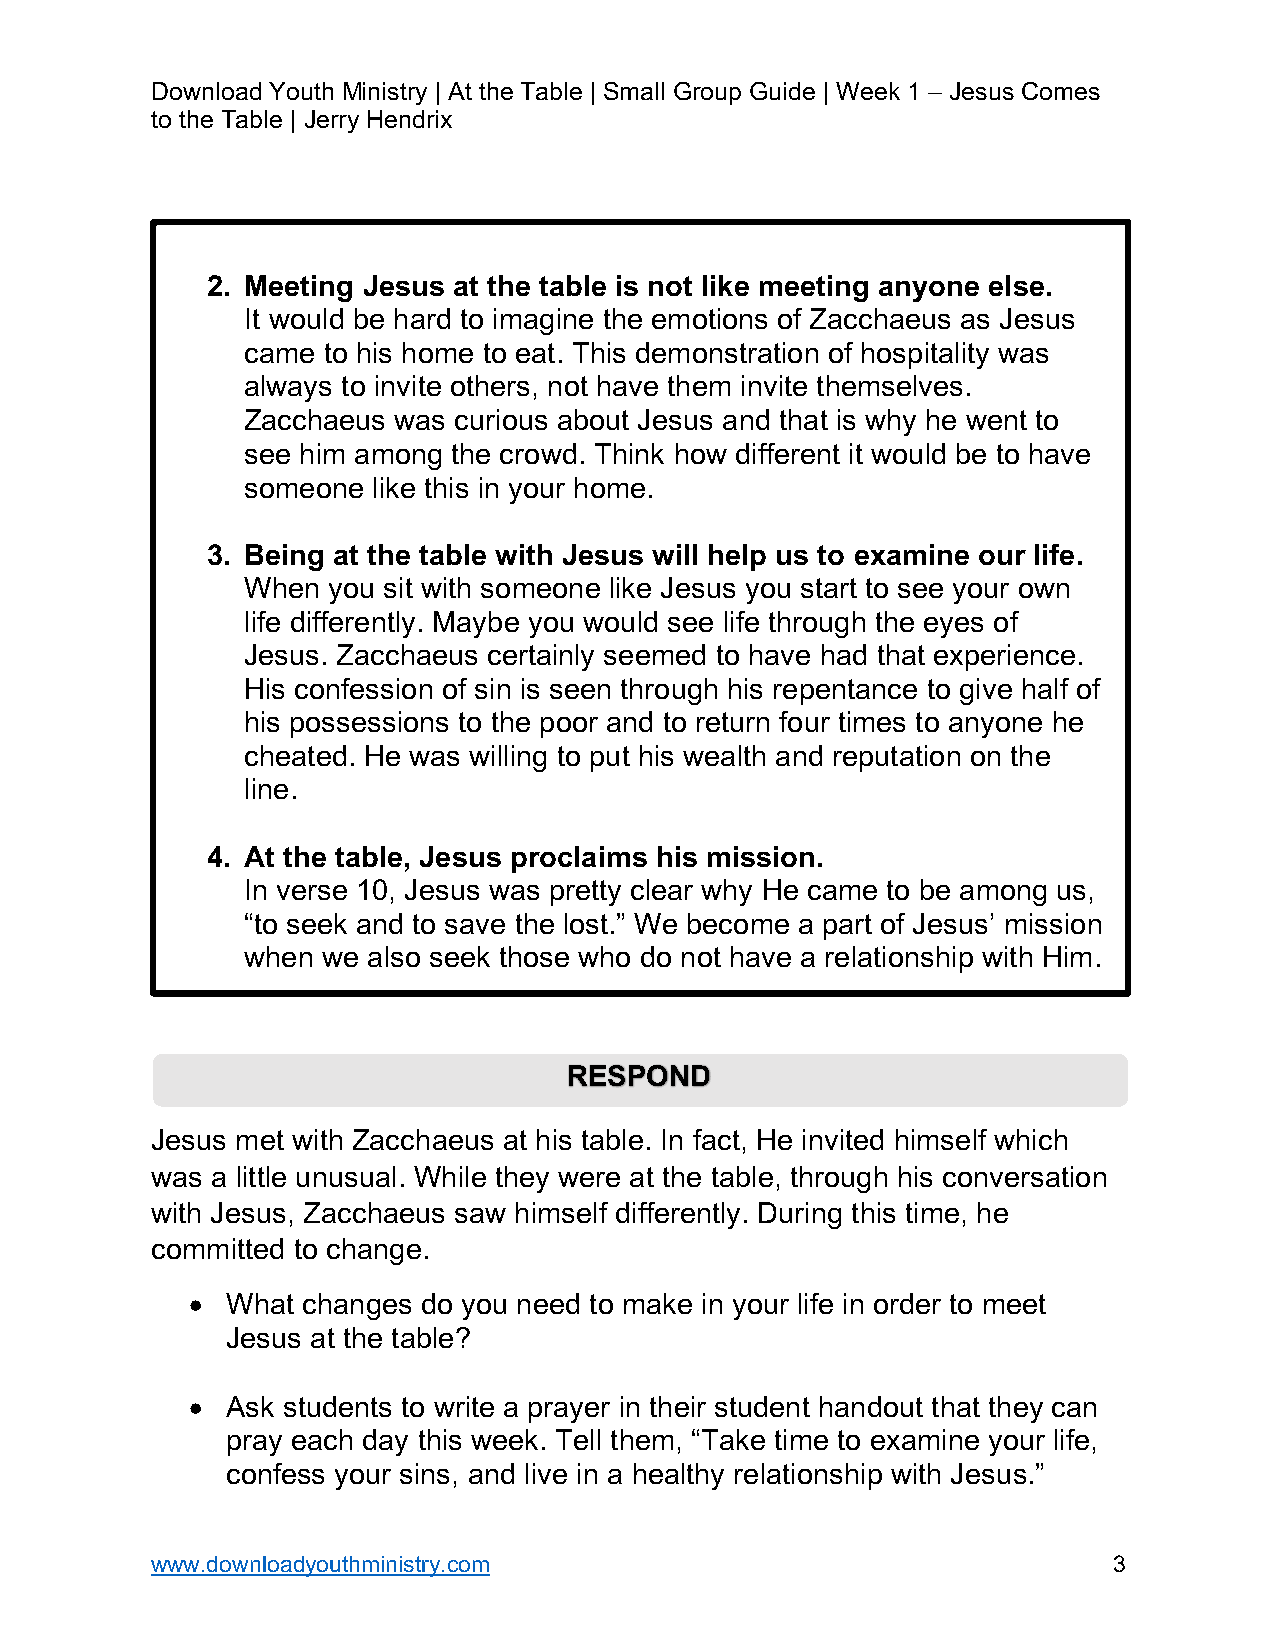
Download Youth Ministry | At the Table | Small Group Guide | Week 1 – Jesus Comes
 to the Table | Jerry Hendrix
 2. Meeting Jesus at the table is not like meeting anyone else.
 It would be hard to imagine the emotions of Zacchaeus as Jesus
 came to his home to eat. This demonstration of hospitality was
 always to invite others, not have them invite themselves.
 Zacchaeus was curious about Jesus and that is why he went to
 see him among the crowd. Think how different it would be to have
 someone  like this in your home.
 3. Being at the table with Jesus will help us to examine our life.
 When  you sit with someone like Jesus you start to see your own
 life differently. Maybe you would see life through the eyes of
 Jesus. Zacchaeus certainly seemed to have had that experience.
 His confession of sin is seen through his repentance to give half of
 his possessions to the poor and to return four times to anyone he
 cheated. He was willing to put his wealth and reputation on the
 line.
 4. At the table, Jesus proclaims his mission.
 In verse 10, Jesus was pretty clear why He came to be among us,
 “to seek and to save the lost.” We become a part of Jesus’ mission
 when we also seek those who do not have a relationship with Him.
 RESPOND
 Jesus met with Zacchaeus at his table. In fact, He invited himself which
 was a little unusual. While they were at the table, through his conversation
 with Jesus, Zacchaeus saw himself differently. During this time, he
 committed to change.
 •  What changes do you need to make in your life in order to meet
 Jesus at the table?
 •  Ask students to write a prayer in their student handout that they can
 pray each day this week. Tell them, “Take time to examine your life,
 confess your sins, and live in a healthy relationship with Jesus.”
 www.downloadyouthministry.com                                   3